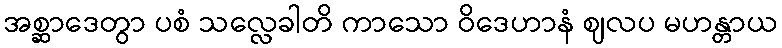
အစ္ဆာဒေတွာ ပစံ သလ္လေခါတိ ကာသော ဝိဒေဟာနံ ဈလပ မဟန္တာယ